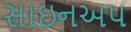
સાઇનઅપ